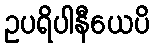
ဥပရိပါနီယေပိ